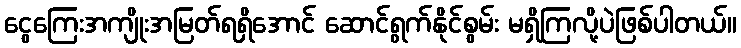
ငွေကြေးအကျိုးအမြတ်ရရှိအောင် ဆောင်ရွက်နိုင်စွမ်း မရှိကြလို့ပဲဖြစ်ပါတယ်။